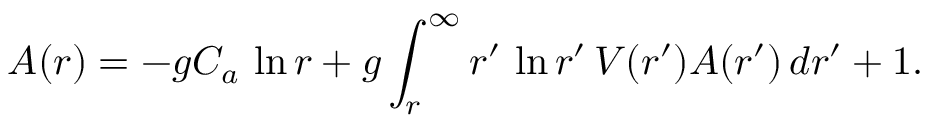
A ( r ) = - g C _ { a } \, \ln r + g \int _ { r } ^ { \infty } r ^ { \prime } \, \ln r ^ { \prime } \, V ( r ^ { \prime } ) A ( r ^ { \prime } ) \, d r ^ { \prime } + 1 .